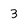
Character: 3